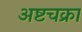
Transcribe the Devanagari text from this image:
अष्टचक्रा